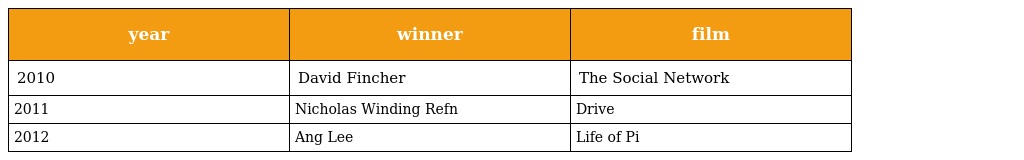
| year | winner | film |
 | --- | --- | --- |
 | 2010 | David Fincher | The Social Network |
 | 2011 | Nicholas Winding Refn | Drive |
 | 2012 | Ang Lee | Life of Pi |